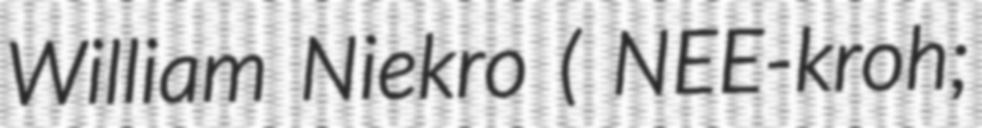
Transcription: William Niekro ( NEE-kroh;